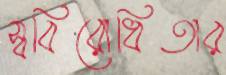
স্ববিরোধিতার